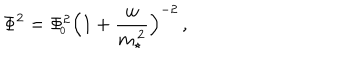
LaTeX: \Phi ^ { 2 } = \Phi _ { \! _ { 0 } } ^ { 2 } \Big ( 1 + { \frac { w } { m _ { \star } ^ { \, 2 } } } \Big ) ^ { - 2 } \, ,